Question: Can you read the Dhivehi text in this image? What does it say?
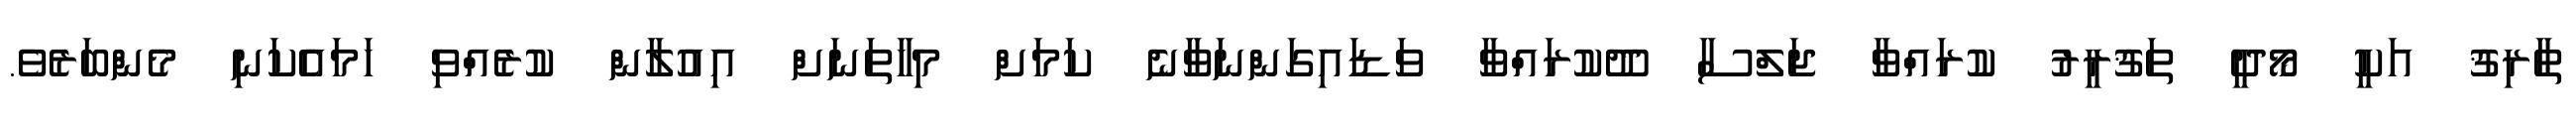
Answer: ޠާރިޤު އަކީ މޯދީ ތަޤުރީރު ކުރައްވާ ޖަލްސާ ދޫކުރައްވާ ވަޑައިގަންނަވާނެ ކަމަށް މިހާތަނަށް އިއުލާން ކުރެއްވި ހަމައެކަނި މެންބަރެވެ.